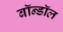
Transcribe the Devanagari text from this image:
बॉन्डॉल